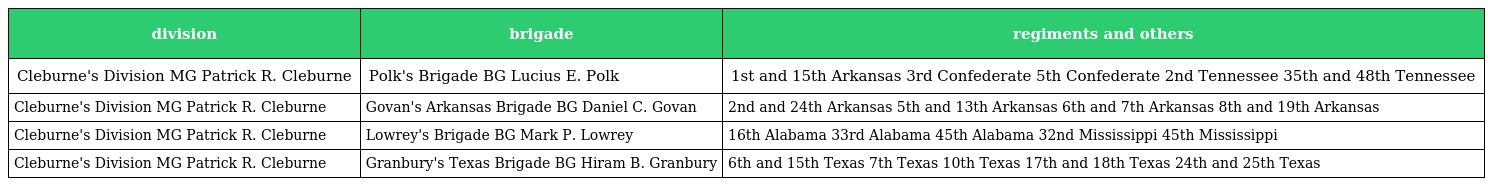
| division | brigade | regiments and others |
 | --- | --- | --- |
 | Cleburne's Division MG Patrick R. Cleburne | Polk's Brigade BG Lucius E. Polk | 1st and 15th Arkansas 3rd Confederate 5th Confederate 2nd Tennessee 35th and 48th Tennessee |
 | Cleburne's Division MG Patrick R. Cleburne | Govan's Arkansas Brigade BG Daniel C. Govan | 2nd and 24th Arkansas 5th and 13th Arkansas 6th and 7th Arkansas 8th and 19th Arkansas |
 | Cleburne's Division MG Patrick R. Cleburne | Lowrey's Brigade BG Mark P. Lowrey | 16th Alabama 33rd Alabama 45th Alabama 32nd Mississippi 45th Mississippi |
 | Cleburne's Division MG Patrick R. Cleburne | Granbury's Texas Brigade BG Hiram B. Granbury | 6th and 15th Texas 7th Texas 10th Texas 17th and 18th Texas 24th and 25th Texas |